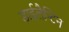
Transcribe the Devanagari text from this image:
डाईलैन्टिन